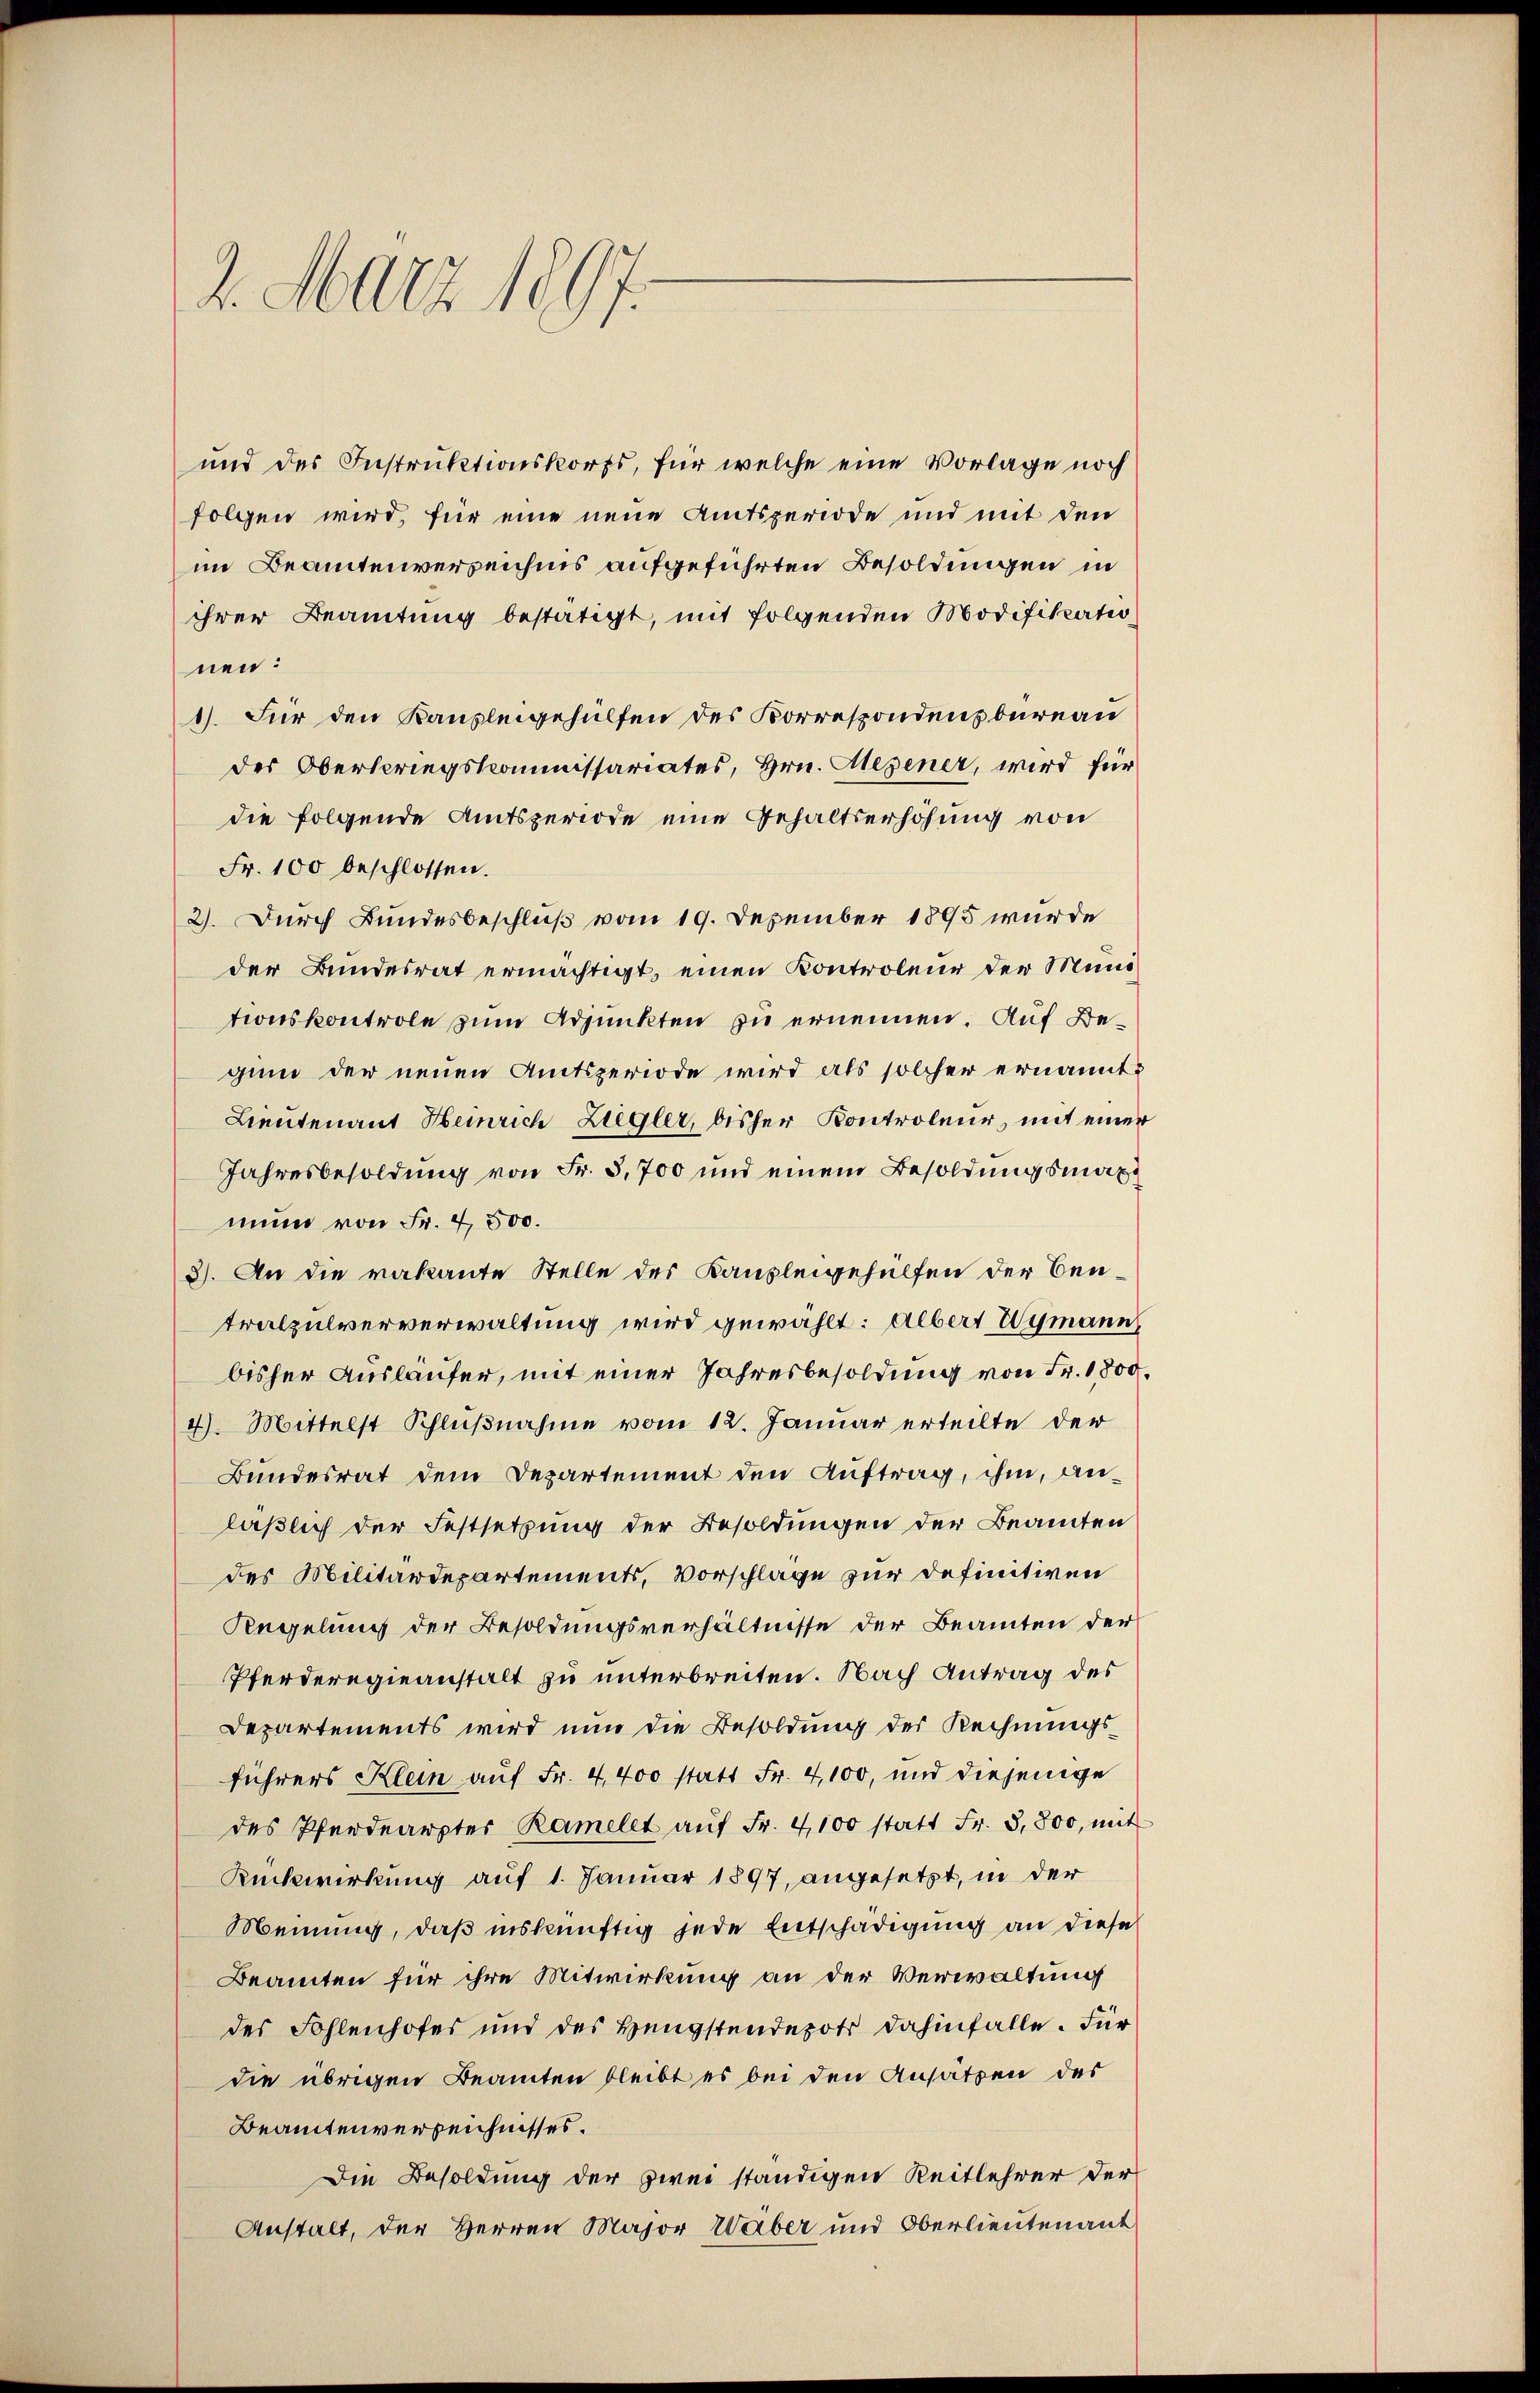
2. März 1897.

und des Instruktionskorps, für welche eine Vorlage noch
folgen wird, für eine neue Amtsperiode und mit den
im Beamtenverzeichnis aufgeführten Besoldungen in
ihrer Beamtung bestätigt, mit folgenden Modifikationen:
1). Für den Kanzleigehülfen des Korrespondensbureau
des Oberspriegskommissariates, Hrn. Gegener, wird für
die folgende Amtsperiode eine Gehaltserhöhung von
Fr. 100 beschlossen.
2). Durch Bundesbeschluß vom 19. Dezember 1895 wurde
der Bundesrat ermächtigt, einen Kontroleur der Mundtionskontrole zum Adjunkten zu ernennen. Auf Begund der neuen Amtsperiode wird als solcher ernannte
Lieutenant Heinrich Ziegler, bisher Kontroleur, mit einer
Jahresbesoldung von Fr. 3,700 und einem Besoldungsmaxi
mung von Fr. 4500.
3). An die vakante Stelle des Kanzleigehülfen der Bentralpulververwaltung wird gewählt: Albert Wymann
bisher Ausläufer, mit einer Jahresbesoldung von Fr. 1800.
4). Mittelst Schlußnahme vom 12. Januar erteilte der
Bundesrat dem Departement den Auftrag, ihm, anläßlich der Festsetzung der Besoldungen der Beamten
des Militärdepartements, Vorschlage zur definitiven
Regelung der Besoldungsverhältnisse der Beamten der
Pferderegieanstalt zu unterbreiten. Nach Antrag des
Departements wird nun die Besoldung der Rechnungsführers Klein auf Fr. 4400 statt Fr. 4,100, und diejenige
des Pferdearzter Ramelet aŭf Fr. 4100 statt Fr. 3,800, mit
Rückwirkung auf 1. Januar 1897, angesetzt, in der
Meinung, daß inskünftig jede Entschädigung an diese
Beamten für ihre Mitwirkung an der Verwaltung
des Fohlenhofes und des Hengstendepot dahinfalle. Für
die übrigen Beamten bleibt es bei den Ansätzen der
Beamtenverzeichnisses.
Die Besoldung der zwei ständigen Reitlehrer der
Anstalt, der Herren Major Waber und Oberlieutenant